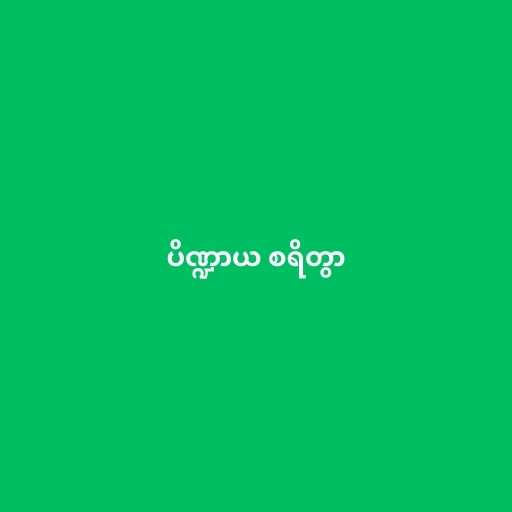
ပိဏ္ဍာယ စရိတွာ